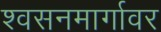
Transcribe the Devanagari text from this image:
श्वसनमार्गावर